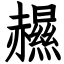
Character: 𧹽